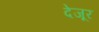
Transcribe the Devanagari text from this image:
देजूर